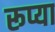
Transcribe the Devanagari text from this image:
रूप्या